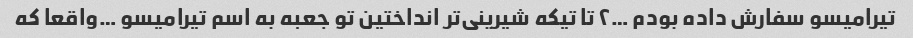
تیرامیسو سفارش داده بودم …٢ تا تیکه شیرینی‌تر انداختین تو جعبه به اسم تیرامیسو …واقعا که